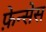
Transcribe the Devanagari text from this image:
फ़ेन्सेस